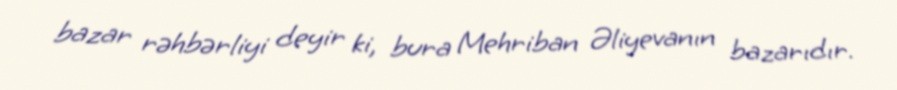
bazar rəhbərliyi deyir ki, bura Mehriban Əliyevanın bazarıdır.